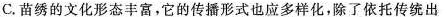
C.苗绣的文化形态丰富，它的传播形式也应多样化，除了依托传统出